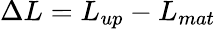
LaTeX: \Delta L=L_{up}-L_{mat}